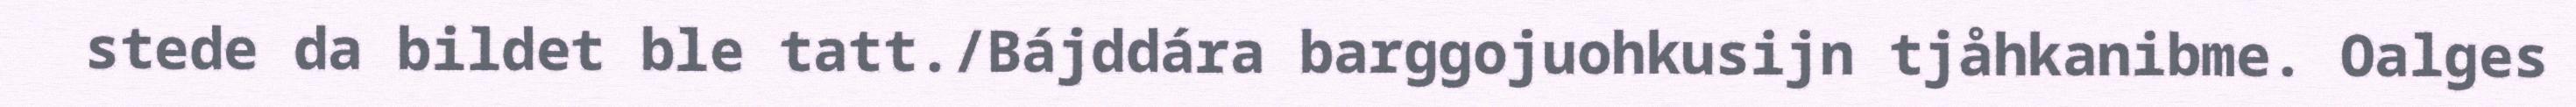
stede da bildet ble tatt./Bájddára barggojuohkusijn tjåhkanibme. Oalges